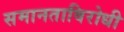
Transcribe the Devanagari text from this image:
समानताविरोधी